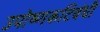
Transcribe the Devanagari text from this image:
उपोष्णकटिबंधी